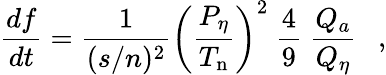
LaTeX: {\frac{df}{dt}}={\frac{1}{(s/n)^{2}}}\left({\frac{P_{\eta}}{T_{\mathrm{n}}}}\right)^{2}~{\frac{4}{9}}~{\frac{Q_{a}}{Q_{\eta}}}~~\ ,